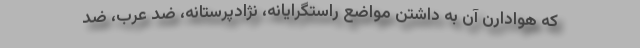
که هوادارن آن به داشتن مواضع راستگرایانه، نژادپرستانه، ضد عرب، ضد